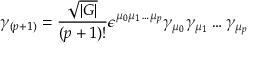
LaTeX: \gamma _ { ( p + 1 ) } = \frac { \sqrt { | G | } } { ( p + 1 ) ! } \epsilon ^ { \mu _ { 0 } \mu _ { 1 } \ldots \mu _ { p } } \gamma _ { \mu _ { 0 } } \gamma _ { \mu _ { 1 } } \ldots \gamma _ { \mu _ { p } }